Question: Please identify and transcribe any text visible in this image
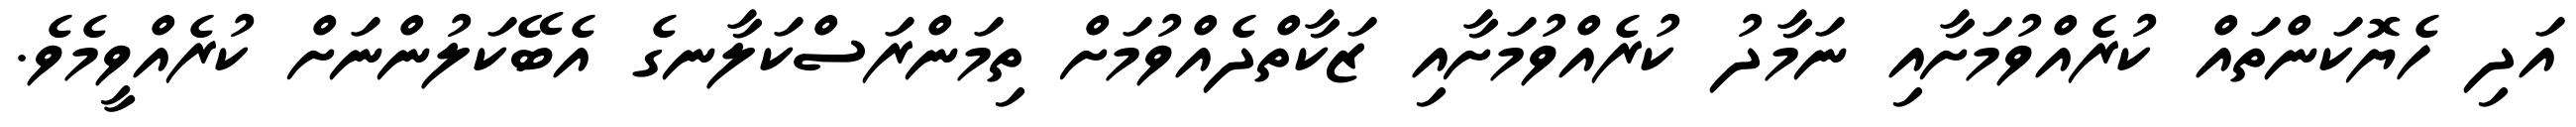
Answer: އަދި ހެޔޮކަންތައް ކުރެއްވުމަށާއި ނަމާދު ކުރެއްވުމަށާއި ޒަކާތްދެއްވުމަށް ތިމަންރަސްކަލާނގެ އެބޭކަލުންނަށް ކުރެއްވީމެވެ.